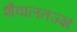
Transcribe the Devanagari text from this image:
शैवालतज्ज्ञ